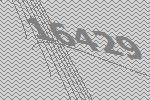
16429